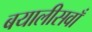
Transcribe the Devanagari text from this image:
बयालीसवाँ